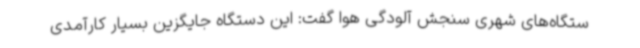
ستگاه‌های شهری سنجش آلودگی هوا گفت: این دستگاه جایگزین بسیار کارآمدی